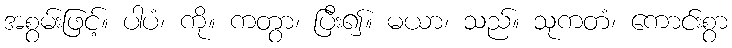
အစွမ်းဖြင့်။ ပါပံ၊ ကို။ ကတွာ၊ ပြီး၍။ မယာ၊ သည်။ သုကတံ၊ ကောင်းစွာ